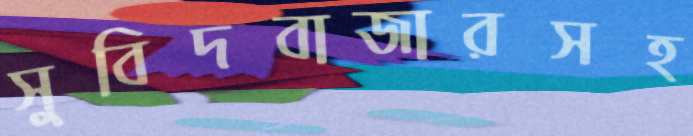
সুবিদবাজারসহ